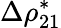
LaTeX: \Delta\rho_{21}^{*}